Annual report of the Punjab Veterinary College and of the Civil Veterinary Department, Punjab - 1920-1925
Year: 1920
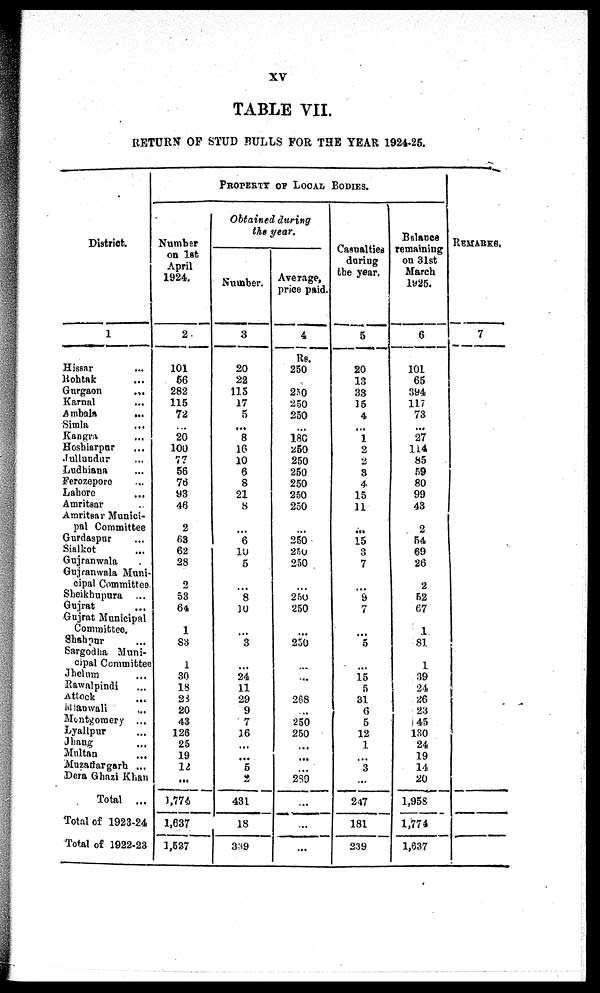
XV
TABLE VII.
RETURN OF STUD BULLS FOR THE YEAR 1924- 25.
Di st ri ct .
1
Hi ssar ...
Rohtak ...
Gur gaon ...
Kar nal .
.
.
Amba l
a ...
Si ml a ...
Kangr a .
.
.
Hos hi ar pur ...
Jul l undur .
.
.
Ludhi ana ...
Fer ozepor e ...
Lahor e ...
Amr i
t
s ar
Amr i
t
sar Muni ci -
pal Commi t
t
ee
Gur das pur ...
Si al kot ...
Guj r anwal a
Guj r anwal a Muni -
ci pal Commi t
t
ee.
Shei khupur a ...
Guj r at
Guj r at Muni ci pal
Commi t
t
ee.
Shahpur ...
Sar godha Muni -
ci pal Commi t
t
ee
Jhel um . . .
Rawal pi ndi
At t
ock ...
Mi anwal i .
.
.
Mont gomer y
Lyal l pur ...
J hang ...
Mul t
an ...
Muzaf f ar gar h ...
Der a Ghazi Kha n
Tot al ...
Tot al of 1923- 24
Tot al of 1922- 23
PROPERTY OF LOCAL BO
Numbe r
on 1st
Apr i l
1924.
2
101 56
282
115 72
... 20
100 77 56 76
93 46 2
63
62 28 2
53
64 1
83 1
30 18 28 20
43
126 25
19 12
...
1, 774
1, 637
1, 537
Obtained during
the year.
Number .
3
20 22
115 17 5
... 8
16
10 6 8
21 8
... 6
10 5
... 8
10
... 3
... 24 11
29 9 7
16
... ... 5
2
431
18
339
Aver age,
pr i ce pai d.
4
Rs.
250
250 250 250
... 180 250 250
250
250
250 250
...
250 250 250
...
250 250
...
250
...
...
268
... 250
250
... ...
239
...
...
...
Casual t i es
dur i ng
t he year .
5
20 13 33 15 4
... 1 2
2 3
4
15
11
...
15 3 7
... 9 7
... 5
... 15 5
31 6 5
12 1
... 3
...
247
181
239
Bal ance
r emai ni ng
on 31st
Mar ch
1925.
6
101 65
394
117 73 ...
27
114 85 59
80
99
43 2
54 69 26 2
52
67 1
81 1
39 24 26 23
45
130 24
19 14
20
1, 95s
1, 774
1, 637
Remar ks.
7
I ,